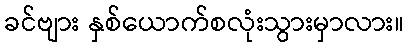
ခင်ဗျား နှစ်ယောက်စလုံးသွားမှာလား။